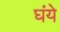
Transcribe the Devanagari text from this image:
घंये